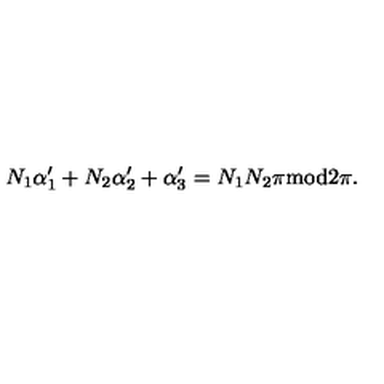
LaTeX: N _ { 1 } \alpha _ { 1 } ^ { \prime } + N _ { 2 } \alpha _ { 2 } ^ { \prime } + \alpha _ { 3 } ^ { \prime } = N _ { 1 } N _ { 2 } \pi \mathrm { m o d } 2 \pi .